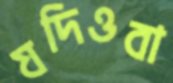
যদিওবা